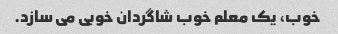
خوب، یک معلم خوب شاگردان خوبی می سازد.